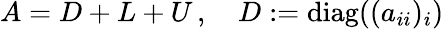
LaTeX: A=D+L+U\, ,\quad D:={\mathrm{diag}}((a_{ii})_{i})